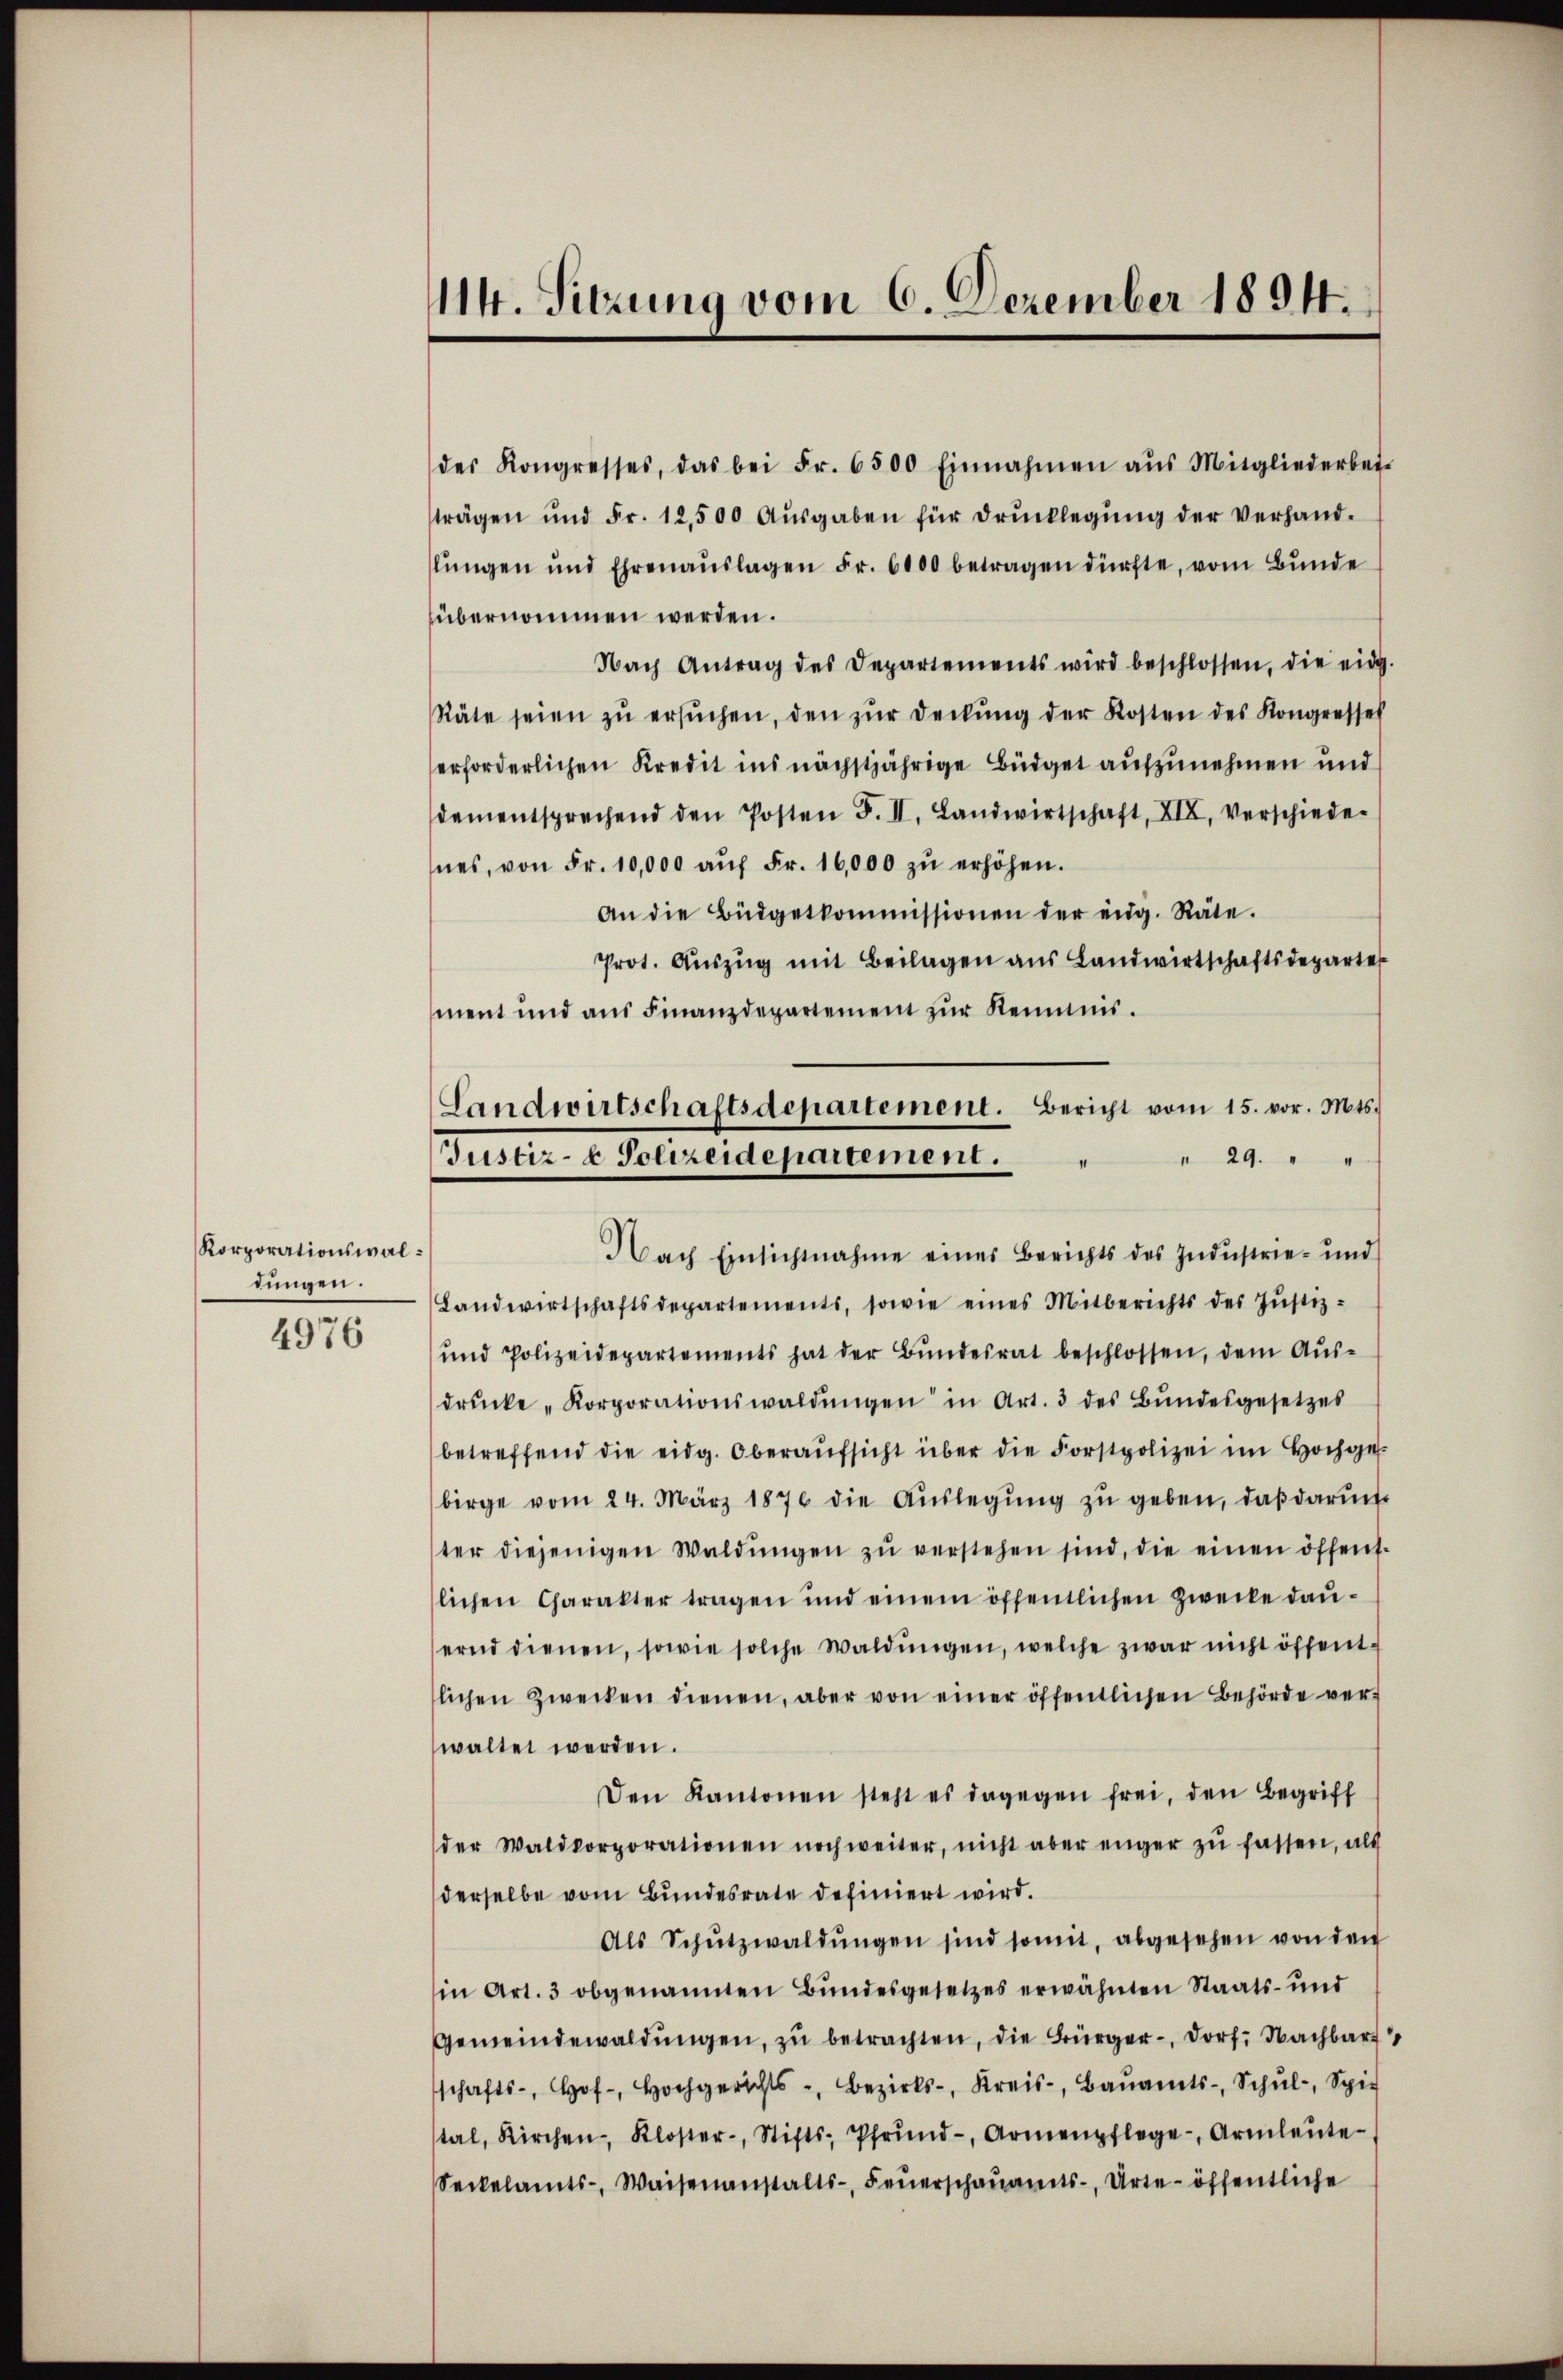
Korporationswallungen.
4976

114. Sitzung vom 6. Dezember 1894.

Landwirtschaftsdepartement. Bericht vom 15. vor. Mts.
Justiz- & Polizeidepartement.

des Kongresses, das bei Fr. 6500 Einnahmen aŭs Mitgliederbei-
trägen ŭnd Fr. 12,500 Aŭsgaben für drŭcklegŭng der verhand-
lŭngen und Ehrenaŭslagen Fr. 6000 betragen dürfte, vom Bŭnde
übernommen werden.
Nach Antrag des Departements wird beschlossen, die eidg.
Räte seien zŭ ersŭchen, den zŭr deckŭng der Kosten des Kongresses
erforderlichen Kredit ins nächstjährige Büdget aufzunehmen und
damentsprechend den Posten F. II. Landwirtschaft, XIX, verschiede-
nes, von Fr. 10,000 aŭf Fr. 16,000 zŭ erhöhen.
An die Büdgetkommissionen der eidg. Räte.
Prot. Aŭszŭg mit Beilagen ans Landwirtschaftsdeparter
ment und aus Finanzdepartement zur Keimnis.
" 29. " "
Nach Einsichtnahme eines Berichts des Industrie- und
Landwirtschaftsdepartements, sowie eines Mitberichts des Jŭstiz-
und Polizeidepartements hat der Bŭndesrat beschlossen, dem Aŭs-
drŭcke „Korporationswaldŭngen in Art. 3 des Bŭndesgesetzes
betreffend die eidg. Oberaŭfsicht über die Forstpolizei im Hochges.
birge vom 24. März 1876 die Aŭslegŭng zŭ geben, daβ darun
ter diejenigen Waldŭngen zŭ verstehen sind, die einen öffens-
slichen Charakter tragen und einem öffentlichen Zwecke dauernd dienen, sowie solche Waldŭngen, welche zwar nicht öffentlichen Zwecken dienen, aber von einer öffentlichen Behörde ver-
waltet werden.
Den Kantonen steht es dagegen frei, den Begriff
der Waldkorporationen noch weiter, nicht aber enger zŭ fassen, als
derselbe vom Bundesrate definiert wird.
Als Schŭtzwaldŭngen sind somit, abgesehen von den
in Art. 3 obgenannten Bundesgesetzes erwähnten Staats- und
Gemeindewaldŭngen, zŭ betrachten, die Bürger-, Dorf. Nachbar
shericht, Bezirks-, Kreis, Baŭamts- Schŭl-, Spit
tal, Kirchen Kloster, Stifts-Pfrŭnd-, Armenpflege Armleŭte-
Seckelamts-, Waisenanstalts- Feŭerschaŭamts-, Arte- öffentliche